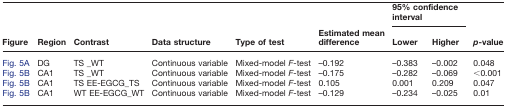
<table><thead><tr><td></td><td></td><td></td><td></td><td></td><td></td><td colspan="2"><b>95% confidence interval</b></td><td></td></tr><tr><td><b>Figure</b></td><td><b>Region</b></td><td><b>Contrast</b></td><td><b>Data structure</b></td><td><b>Type of test</b></td><td><b>Estimated mean difference</b></td><td><b>Lower</b></td><td><b>Higher</b></td><td><b><i>p</i>-value</b></td></tr></thead><tbody><tr><td>Fig. 5A</td><td>DG</td><td>TS _WT</td><td>Continuous variable</td><td>Mixed-model <i>F</i>-test</td><td>–0.192</td><td>–0.383</td><td>–0.002</td><td>0.048</td></tr><tr><td>Fig. 5B</td><td>CA1</td><td>TS _WT</td><td>Continuous variable</td><td>Mixed-model <i>F</i>-test</td><td>–0.175</td><td>–0.282</td><td>–0.069</td><td>&lt;0.001</td></tr><tr><td>Fig. 5B</td><td>CA1</td><td>TS EE-EGCG_TS</td><td>Continuous variable</td><td>Mixed-model <i>F</i>-test</td><td>0.105</td><td>0.001</td><td>0.209</td><td>0.047</td></tr><tr><td>Fig. 5B</td><td>CA1</td><td>WT EE-EGCG_WT</td><td>Continuous variable</td><td>Mixed-model <i>F</i>-test</td><td>–0.129</td><td>–0.234</td><td>–0.025</td><td>0.01</td></tr></tbody></table>